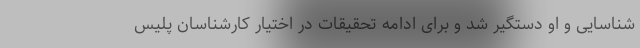
شناسایی و او دستگیر شد و برای ادامه تحقیقات در اختیار کارشناسان پلیس